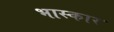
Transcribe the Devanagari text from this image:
भास्कार